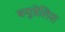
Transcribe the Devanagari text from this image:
बयुत्रेलिस